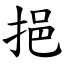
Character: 挹